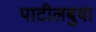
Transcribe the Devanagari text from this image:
पाटीलबुवा